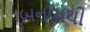
બનવાથી